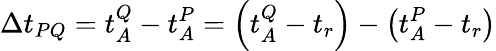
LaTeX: \Delta t_{PQ}=t_{A}^{Q}-t_{A}^{P}=\left(t_{A}^{Q}-t_{r}\right)-\left(t_{A}^{P}-t_{r}\right)